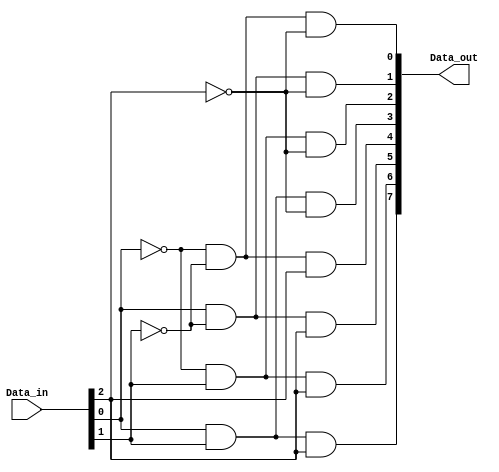
module decoder3_8(Data_in,Data_out);

input [2:0] Data_in;
output [7:0] Data_out;

assign Data_out[0]=(~Data_in[0]&~Data_in[1]&~Data_in[2]);
assign Data_out[1]=( Data_in[0]&~Data_in[1]&~Data_in[2]);
assign Data_out[2]=(~Data_in[0]& Data_in[1]&~Data_in[2]);
assign Data_out[3]=( Data_in[0]& Data_in[1]&~Data_in[2]);
assign Data_out[4]=(~Data_in[0]&~Data_in[1]& Data_in[2]);
assign Data_out[5]=( Data_in[0]&~Data_in[1]& Data_in[2]);
assign Data_out[6]=(~Data_in[0]& Data_in[1]& Data_in[2]);
assign Data_out[7]=( Data_in[0]& Data_in[1]& Data_in[2]);

endmodule